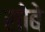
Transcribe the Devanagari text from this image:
सोबे